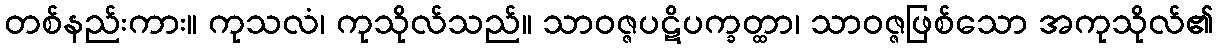
တစ်နည်းကား။ ကုသလံ၊ ကုသိုလ်သည်။ သာဝဇ္ဇပဋိပက္ခတ္ထာ၊ သာဝဇ္ဇဖြစ်သော အကုသိုလ်၏